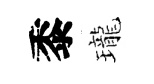
黍瓏